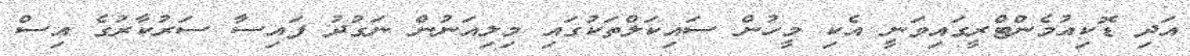
އަދި ޑޮކިއުމެންޓްރީގައިވަނީ އެކި މީހުން ސައިކަލްތަކުގައި މިލިއަނުން ނަގުދު ފައިސާ ސަރުކާރުގެ އިސް